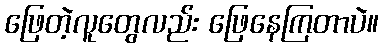
ဖြေတဲ့လူတွေလည်း ဖြေနေကြတာပဲ။